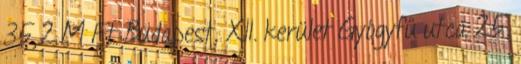
35,2 M Ft Budapest, XII. kerület Gyógyfű utca 25.